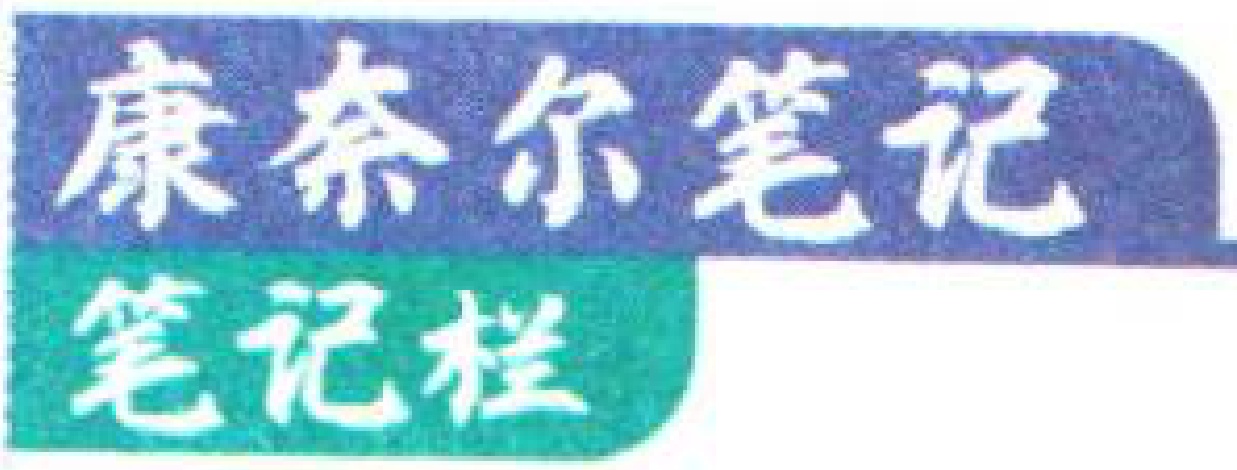
康奈尔笔记

笔记栏